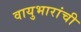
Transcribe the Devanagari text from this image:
वायुभारांची